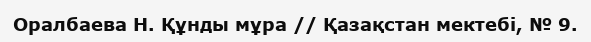
Оралбаева Н. Құнды мұра // Қазақстан мектебі, № 9.